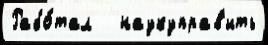
Рабо́тал   наукуправ'ить